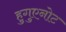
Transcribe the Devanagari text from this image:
हुगुएनोट